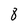
Character: 8